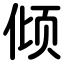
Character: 倾